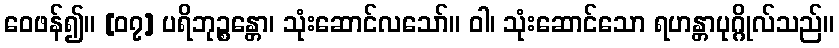
ဝေဖန်၍။ [၀၇] ပရိဘုဉ္စန္တော၊ သုံးဆောင်လသော်။ ဝါ၊ သုံးဆောင်သော ရဟန္တာပုဂ္ဂိုလ်သည်။